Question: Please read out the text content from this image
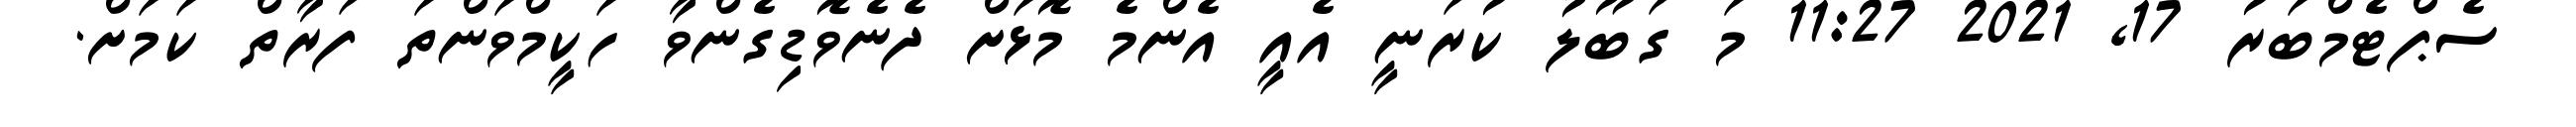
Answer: ސެޕްޓެމްބަރު 17, 2021 11:27 މަ ގަބޫލު ކުރަނީ އެއީ އެންމެ މޮޅަށް ދެނެވޮޑިގެންވާ ހަކީމްވަންތަ ފަރާތް ކަމަށް.